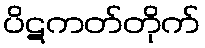
ပိဋကတ်တိုက်